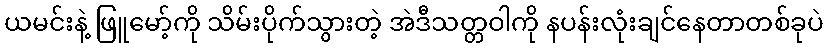
ယမင်းနဲ့ ဖြူမော့်ကို သိမ်းပိုက်သွားတဲ့ အဲဒီသတ္တဝါကို နပန်းလုံးချင်နေတာတစ်ခုပဲ